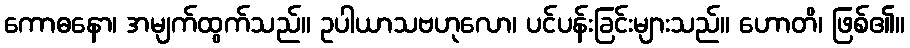
ကောဓနော၊ အမျက်ထွက်သည်။ ဥပါယာသဗဟုလော၊ ပင်ပန်းခြင်းများသည်။ ဟောတိ၊ ဖြစ်၏။